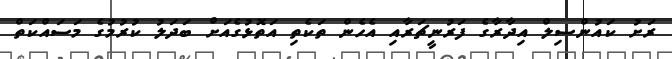
ރަށު ކައުންސިލް އިދާރާގެ ފަރުނީޗަރާއި އެހެން ތަކެތި އަތޮޅުގެއަށް ބަދަލު ކުރުމުގެ މަސައްކަތް